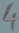
Text: 4